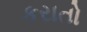
કરાતો